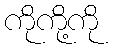
ကိုကို့ကို